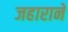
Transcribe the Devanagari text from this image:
जहाराने